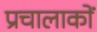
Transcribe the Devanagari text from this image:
प्रचालाकों